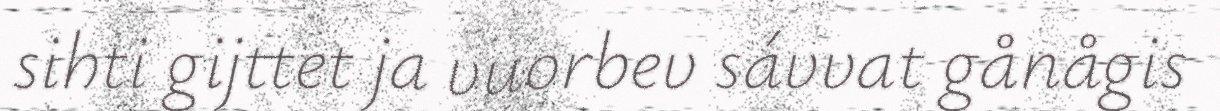
sihti gijttet ja vuorbev sávvat gånågis